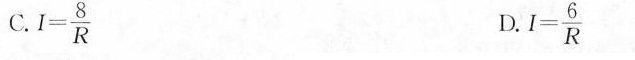
C. $$I= \frac{8}{R}$$ D. $$I= \frac{6}{R}$$